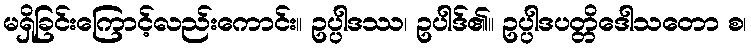
မရှိခြင်းကြောင့်လည်းကောင်း။ ဥပ္ပါဒဿ၊ ဥပါဒ်၏။ ဥပ္ပါဒပတ္တိဒေါသတော စ၊